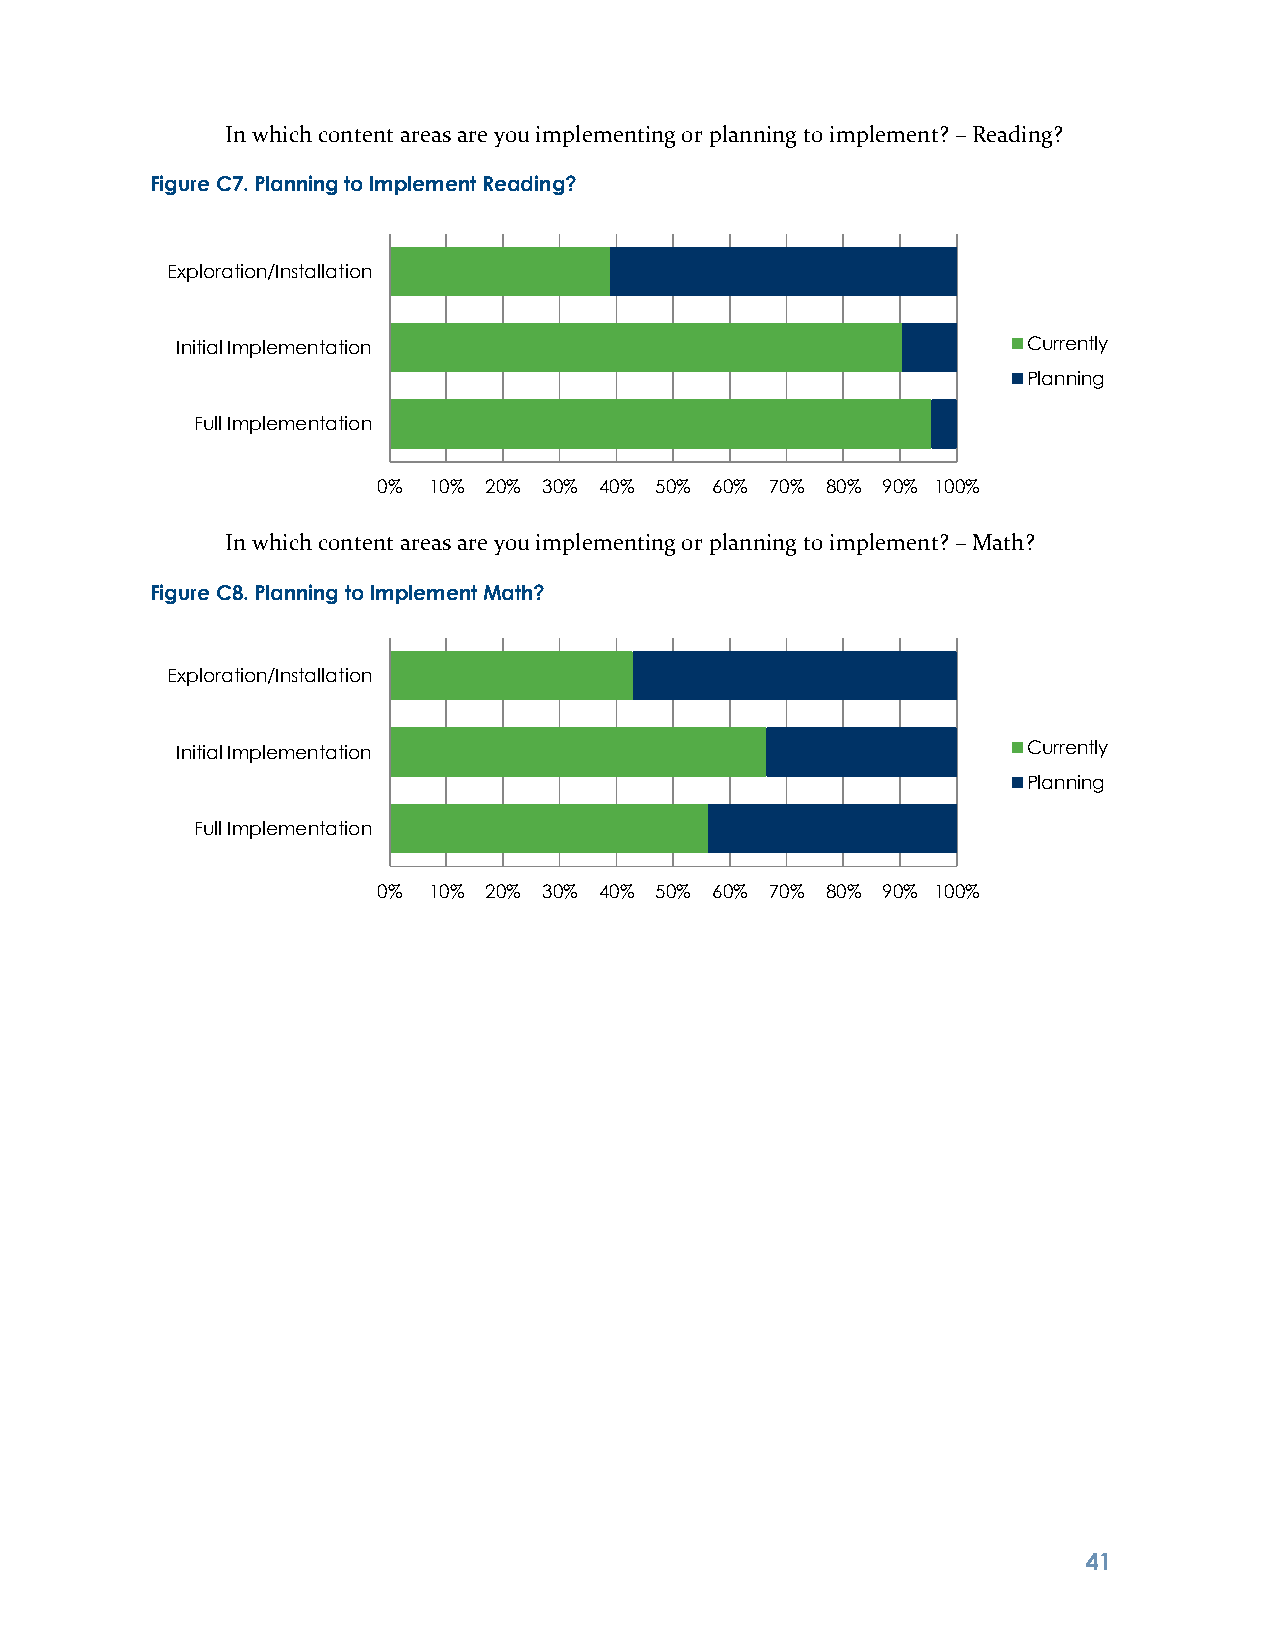
In which content areas are you implementing or planning to implement? – Reading?
 Figure C7. Planning to Implement Reading?
 Exploration/Installation
 Initial Implementation                                  Currently
 Planning
 Full Implementation
 0% 10% 20% 30% 40% 50% 60% 70% 80% 90% 100%
 In which content areas are you implementing or planning to implement? – Math?
 Figure C8. Planning to Implement Math?
 Exploration/Installation
 Initial Implementation                                  Currently
 Planning
 Full Implementation
 0% 10% 20% 30% 40% 50% 60% 70% 80% 90% 100%
 4 1